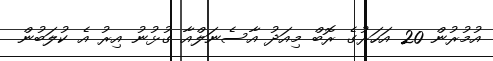
އުމުރުން 20 އަހަރުގެ ރޮބް މިއަދު އާސެނަލްއާ ގުޅުނު އިރު އެ ކުލަބުން